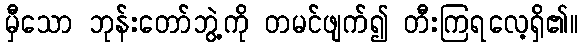
မှီသော ဘုန်းတော်ဘွဲ့ကို တမင်ဖျက်၍ တီးကြရလေ့ရှိ၏။